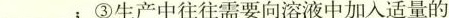
___；③生产中往往需要向溶液中加入适量的